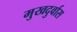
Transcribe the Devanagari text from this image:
मुखदुर्वास